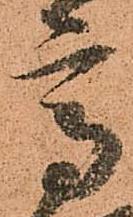
高